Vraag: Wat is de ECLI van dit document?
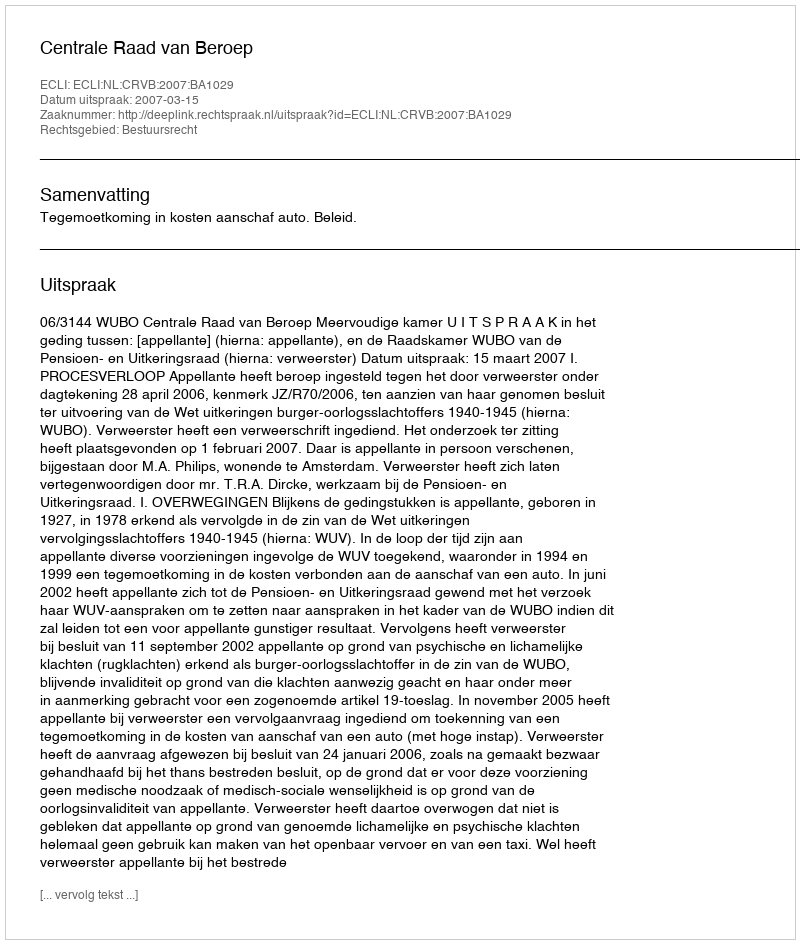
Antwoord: ECLI:NL:CRVB:2007:BA1029